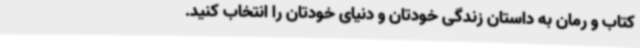
کتاب و رمان به داستان زندگی خودتان و دنیای خودتان را انتخاب کنید.